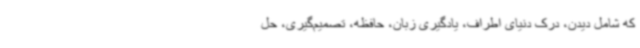
که شامل دیدن، درک دنیای اطراف، یادگیری زبان، حافظه، تصمیم‌گیری، حل